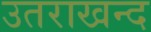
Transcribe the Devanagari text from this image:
उतराखन्द